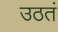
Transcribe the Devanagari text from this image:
उठतं